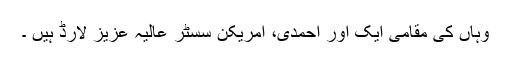
وہاں کی مقامی ایک اَور احمدی، امریکن سسٹر عالیہ عزیز لارڈ ہیں ۔